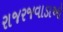
રાજરજવાડાઓ